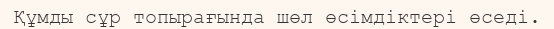
Құмды сұр топырағында шөл өсімдіктері өседі.